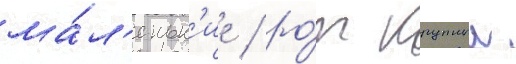
ма́л'еньк'ие / ро́т крупныи